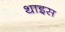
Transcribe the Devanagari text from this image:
थाइस